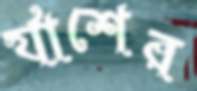
র‍্যাশের